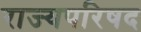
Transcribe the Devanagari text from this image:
राज्यपरिषद